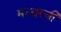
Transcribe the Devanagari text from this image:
मन्नारची